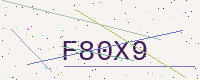
Text: F80X9